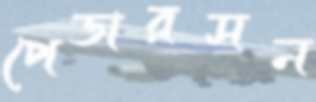
পেডারসন